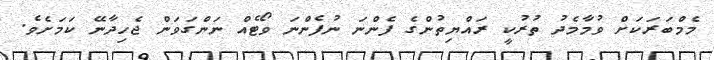
މެމްބަރަކަށް ވުމާމެދު ތުރުކީ ރައްޔިތުންގެ ފެންނަ ނުފެންނަ ވޯޓެއް ނަންގަވަން ޖެހިދާނޭ ކަމަށެވެ.